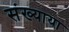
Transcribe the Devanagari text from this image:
संख्याया